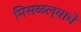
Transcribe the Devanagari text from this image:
मिसळल्याचे